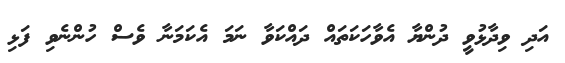
އަދި ވިދާޅުވީ ދުންޔާ އެވާހަކަތައް ދައްކަވާ ނަމަ އެކަމަނާ ވެސް ހުންނެވި ފަޅި